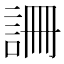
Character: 𧧚